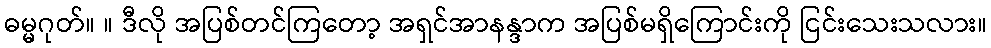
ဓမ္မဂုတ်။ ။ ဒီလို အပြစ်တင်ကြတော့ အရှင်အာနန္ဒာက အပြစ်မရှိကြောင်းကို ငြင်းသေးသလား။